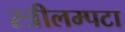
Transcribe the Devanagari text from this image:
स्त्रीलम्पटा